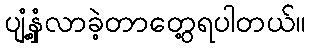
ပျံ့နှံ့လာခဲ့တာတွေ့ရပါတယ်။